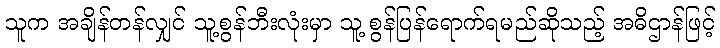
သူက အချိန်တန်လျှင် သူ့စွန်ဘီးလုံးမှာ သူ့ စွန်ပြန်ရောက်ရမည်ဆိုသည့် အဓိဌာန်ဖြင့်